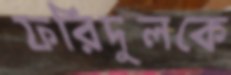
ফরিদুলকে